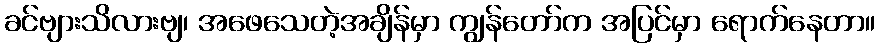
ခင်ဗျားသိလားဗျ၊ အဖေသေတဲ့အချိန်မှာ ကျွန်တော်က အပြင်မှာ ရောက်နေတာ။